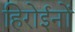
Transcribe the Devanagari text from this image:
हिरोईनों